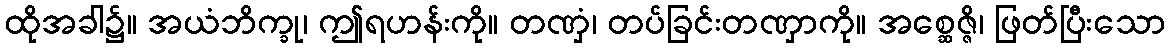
ထိုအခါ၌။ အယံဘိက္ခု၊ ဤရဟန်းကို။ တဏှံ၊ တပ်ခြင်းတဏှာကို။ အစ္ဆေဇ္ဇိ၊ ဖြတ်ပြီးသော